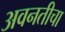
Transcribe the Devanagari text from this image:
अवनतीचा